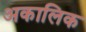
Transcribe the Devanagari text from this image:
अकालिक